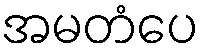
အမတံပေ